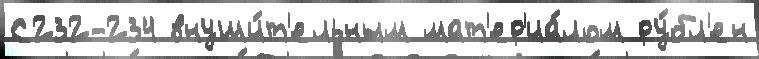
С232-234 внуши́т'ельным мат'ер'иа́лом ру́бл'ен